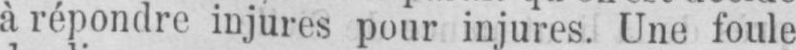
a répondre injures pour injures. Une foule